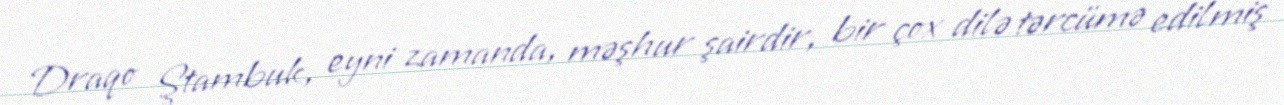
Draqo Ştambuk, eyni zamanda, məşhur şairdir, bir çox dilə tərcümə edilmiş